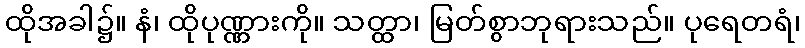
ထိုအခါ၌။ နံ၊ ထိုပုဏ္ဏားကို။ သတ္ထာ၊ မြတ်စွာဘုရားသည်။ ပုရေတရံ၊